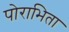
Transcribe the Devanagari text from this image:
पोराभिता